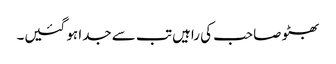
بھٹو صاحب کی راہیں تب سے جدا ہو گئیں۔